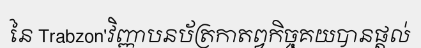
នៃ Trabzon'វិញ្ញាបនប័ត្រកាតព្វកិច្ចគយបានផ្តល់